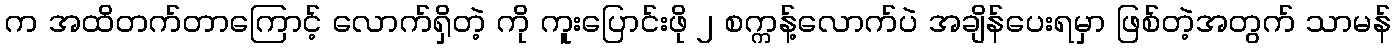
က အထိတက်တာကြောင့် လောက်ရှိတဲ့ ကို ကူးပြောင်းဖို ၂ စက္ကန့်လောက်ပဲ အချိန်ပေးရမှာ ဖြစ်တဲ့အတွက် သာမန်